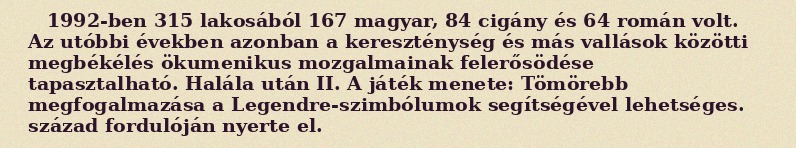
1992-ben 315 lakosából 167 magyar, 84 cigány és 64 román volt. Az utóbbi években azonban a kereszténység és más vallások közötti megbékélés ökumenikus mozgalmainak felerősödése tapasztalható. Halála után II. A játék menete: Tömörebb megfogalmazása a Legendre-szimbólumok segítségével lehetséges. század fordulóján nyerte el.